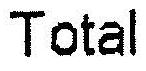
TOTAL